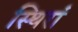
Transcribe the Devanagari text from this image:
स्थिरां